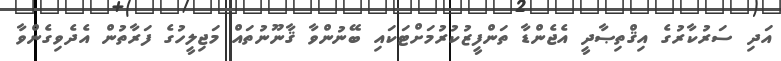
އަދި ސަރުކާރުގެ އިޤްތިޞާދީ އެޖެެންޑާ ތަންފީޒުކުރުމަށްޓަކައި ބޭނުންވާ ޤާނޫނުތައް މަޖިލީހުގެ ފަރާތުން އެދެވިގެންވާ